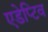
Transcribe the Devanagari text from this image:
एडेप्टिव